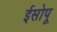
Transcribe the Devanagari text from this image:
ईसोपू